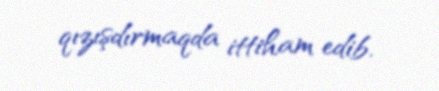
qızışdırmaqda ittiham edib.